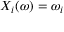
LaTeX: X _ { i } ( \omega ) = \omega _ { i }